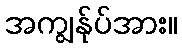
အကျွန်ုပ်အား။